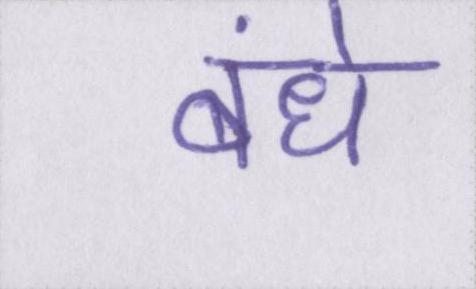
बंधे